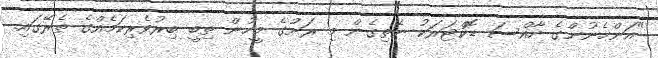
"އަންހެނުންގެ ހާއްސަ ޑޮކްޓަރަކު ނެތިގެން މި ރަށުގެ މީހުން ތިބީ ބިރުވެރިކަމެއްގެ ތެރޭގައި.